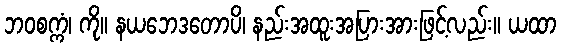
ဘဝစက္ကံ၊ ကို။ နယဘေဒတောပိ၊ နည်းအထူးအပြားအားဖြင့်လည်း။ ယထာ